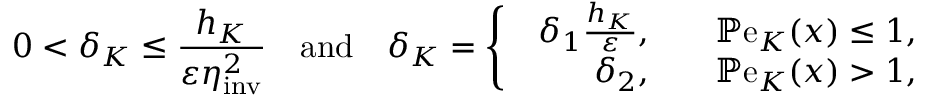
0 < \delta _ { K } \leq \frac { h _ { K } } { \varepsilon \eta _ { \mathrm { i n v } } ^ { 2 } } \quad \mathrm { a n d } \quad \delta _ { K } = \left\{ \begin{array} { l l } { \begin{array} { r l } { \delta _ { 1 } \frac { h _ { K } } { \varepsilon } , \quad } & { \mathbb { P } \mathrm { e } _ { K } ( x ) \leq 1 , } \\ { \delta _ { 2 } , \quad } & { \mathbb { P } \mathrm { e } _ { K } ( x ) > 1 , } \end{array} } \end{array} \right.